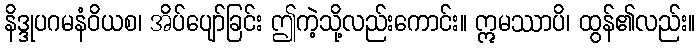
နိဒ္ဒုပဂမနံဝိယစ၊ အိပ်ပျော်ခြင်း ဤကဲ့သို့လည်းကောင်း။ ဣမဿာပိ၊ ထွန်၏လည်း။